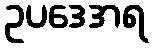
ဥပဒေအရ